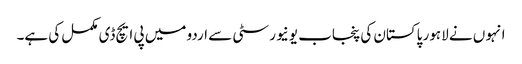
انہو ں نے لاہور پاکستان کی پنجاب یونیورسٹی سے اردو میں پی ایچ ڈی مکمل کی ہے۔